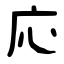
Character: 応